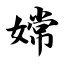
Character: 嫦